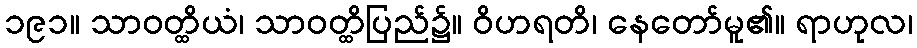
၁၉၁။ သာဝတ္ထိယံ၊ သာဝတ္ထိပြည်၌။ ဝိဟရတိ၊ နေတော်မူ၏။ ရာဟုလ၊